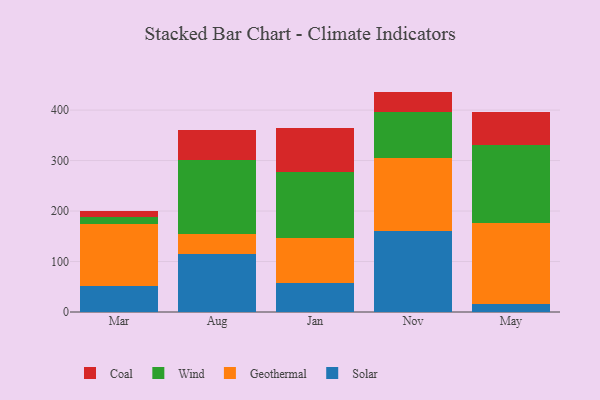
{"axis": {"x": "Month", "y": "Population (Million)"}, "legend": ["Coal", "Geothermal", "Solar", "Wind"], "data": [{"x": "Mar", "y": 50.8, "type": "Solar"}, {"x": "Mar", "y": 124.3, "type": "Geothermal"}, {"x": "Mar", "y": 14.0, "type": "Wind"}, {"x": "Mar", "y": 10.2, "type": "Coal"}, {"x": "Aug", "y": 115.8, "type": "Solar"}, {"x": "Aug", "y": 38.6, "type": "Geothermal"}, {"x": "Aug", "y": 146.0, "type": "Wind"}, {"x": "Aug", "y": 60.0, "type": "Coal"}, {"x": "Jan", "y": 56.7, "type": "Solar"}, {"x": "Jan", "y": 90.2, "type": "Geothermal"}, {"x": "Jan", "y": 131.2, "type": "Wind"}, {"x": "Jan", "y": 87.1, "type": "Coal"}, {"x": "Nov", "y": 161.3, "type": "Solar"}, {"x": "Nov", "y": 144.4, "type": "Geothermal"}, {"x": "Nov", "y": 90.1, "type": "Wind"}, {"x": "Nov", "y": 40.8, "type": "Coal"}, {"x": "May", "y": 14.9, "type": "Solar"}, {"x": "May", "y": 162.4, "type": "Geothermal"}, {"x": "May", "y": 153.3, "type": "Wind"}, {"x": "May", "y": 66.2, "type": "Coal"}]}